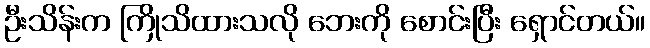
ဦးသိန်းက ကြိုသိထားသလို ဘေးကို စောင်းပြီး ရှောင်တယ်။